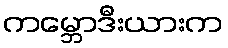
ကမ္ဘောဒီးယားက